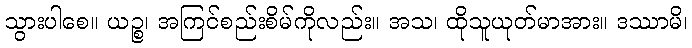
သွားပါစေ။ ယဉ္စ၊ အကြင်စည်းစိမ်ကိုလည်း။ အသ၊ ထိုသူယုတ်မာအား။ ဒဿာမိ၊